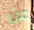
عن